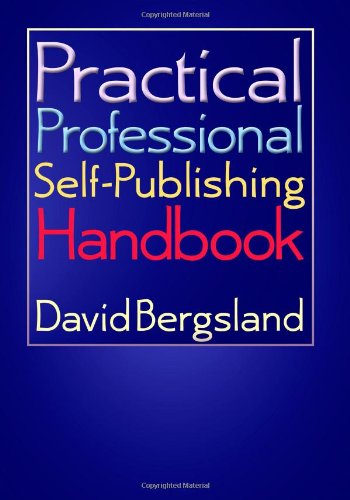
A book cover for Practical Professional Self-Publishing Handbook; David Bergsland; Computers & Technology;